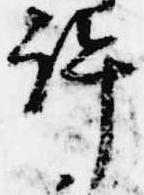
許